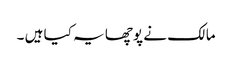
مالک نے پوچھا یہ کیا ہیں ۔